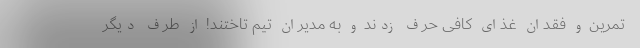
تمرین و فقدان غذای کافی حرف زدند و به مدیران تیم تاختند! از طرف دیگر